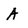
Character: A